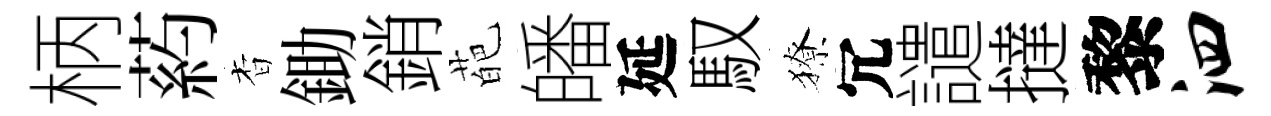
柄葯杳鋤銷葩皤延馭獠冗譴撻黎泗